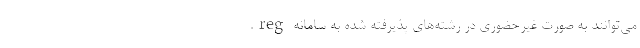
می‌توانند به صورت غیرحضوری در رشته‌های پذیرفته شده به سامانه reg.